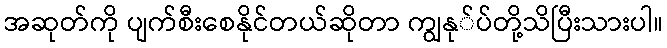
အဆုတ်ကို ပျက်စီးစေနိုင်တယ်ဆိုတာ ကျွနု်ပ်တို့သိပြီးသားပါ။